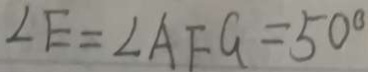
\angle E = \angle A F G = 5 0 ^ { \circ }